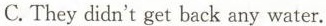
C. They didn't get back any water. )